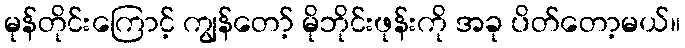
မုန်တိုင်းကြောင့် ကျွန်တော့် မိုဘိုင်းဖုန်းကို အခု ပိတ်တော့မယ်။